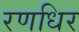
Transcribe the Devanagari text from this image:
रणधिर